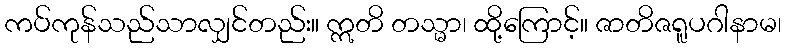
ကပ်ကုန်သည်သာလျှင်တည်း။ ဣတိ တသ္မာ၊ ထို့ကြောင့်။ ဇာတိဇရူပဂါနာမ၊